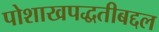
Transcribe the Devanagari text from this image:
पोशाखपद्धतीबद्दल